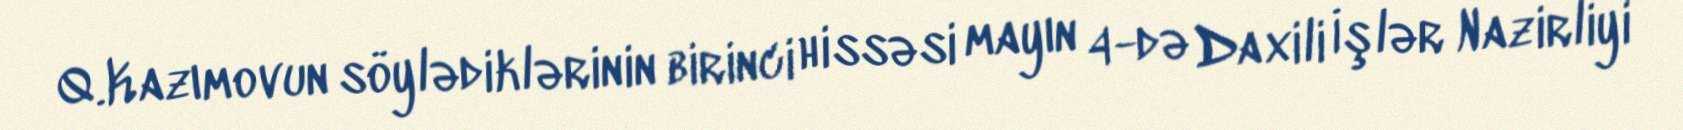
Q.Kazımovun söylədiklərinin birinci hissəsi mayın 4-də Daxili İşlər Nazirliyi